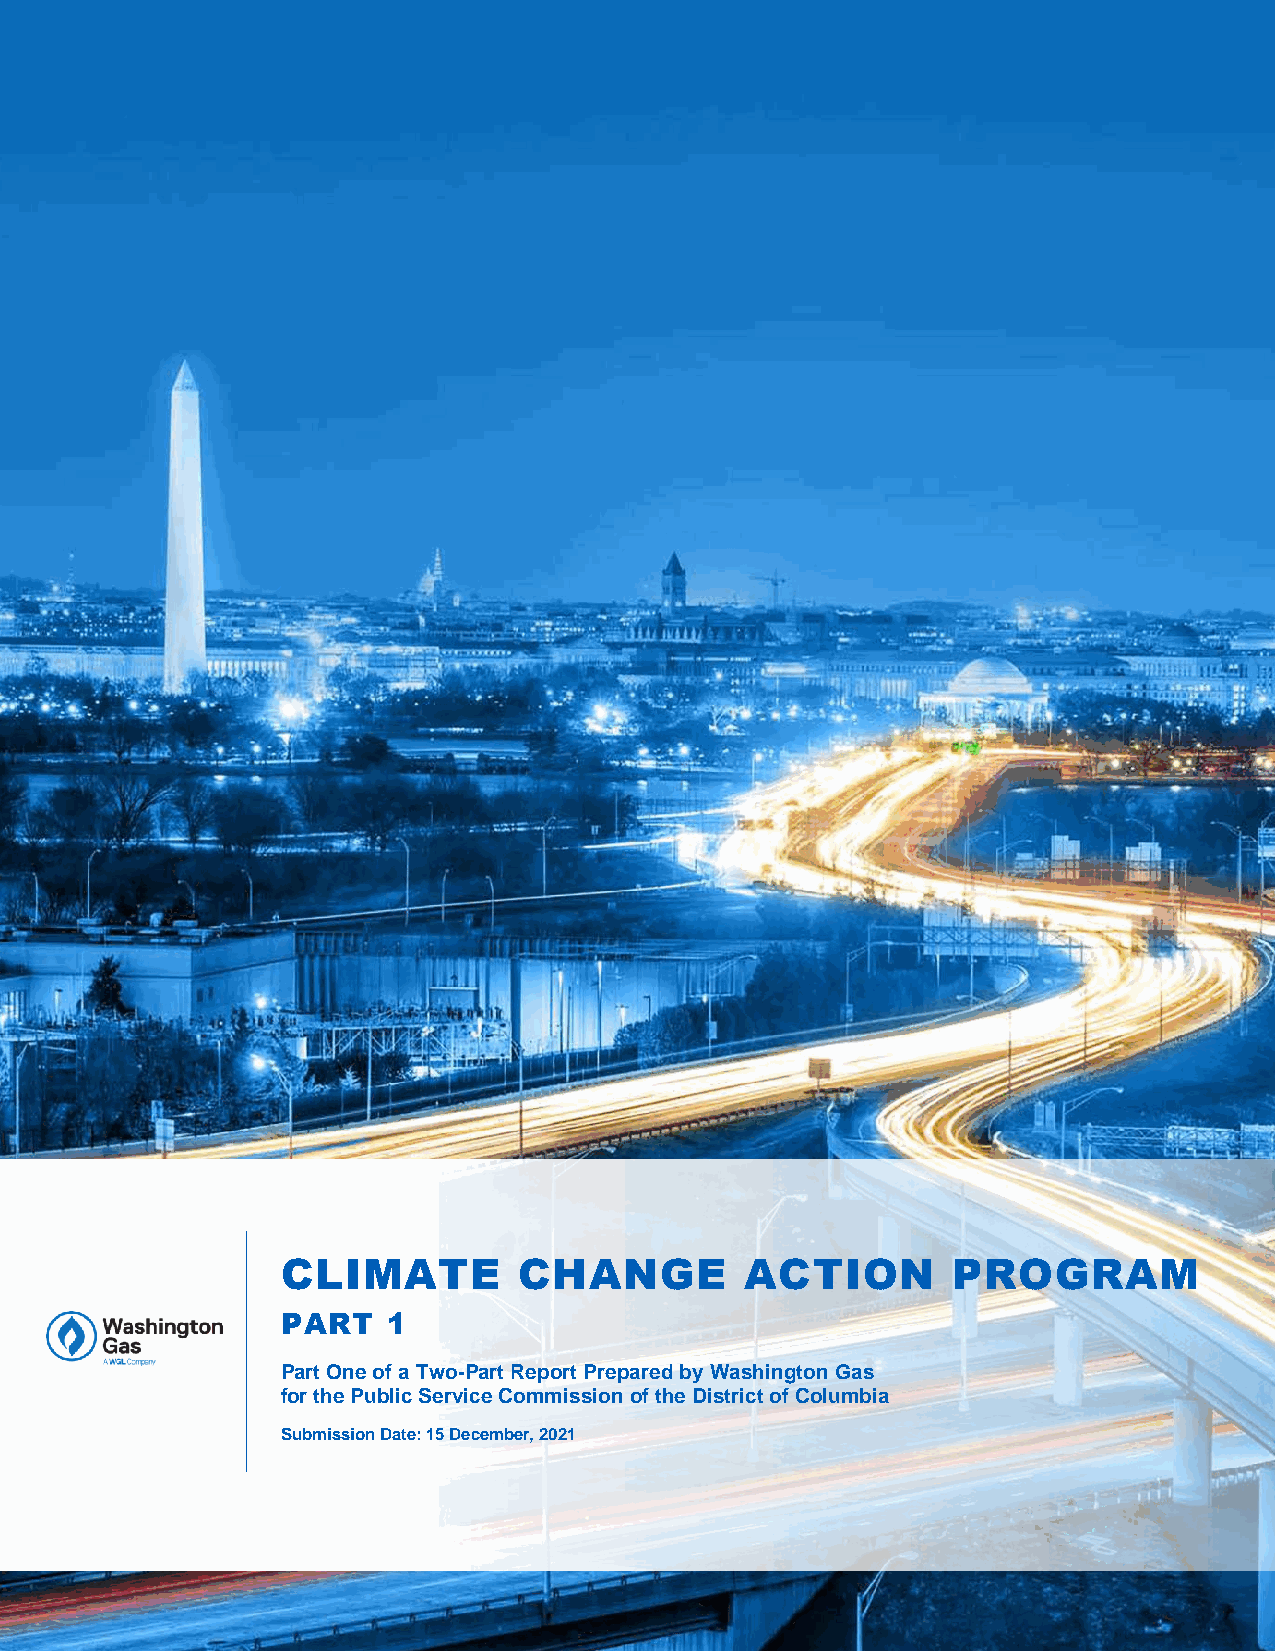
CLIMATE        CHANGE         ACTION        PROGRAM
 PART   1
 Part One of a Two-Part Report Prepared by Washington Gas
 for the Public Service Commission of the District of Columbia
 Submission Date: 15 December, 2021
 CLIMATE CHANGE ACTION PROGRAM, PART I                            1